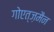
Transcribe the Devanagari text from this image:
गोएत्ज़मैन